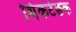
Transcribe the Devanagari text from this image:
थिंकटेङक